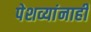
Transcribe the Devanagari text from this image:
पेशव्यांनाही